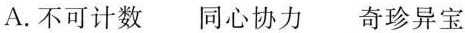
A.不可计数 同心协力 奇珍异宝